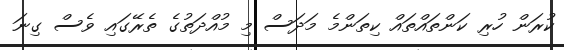
ކުރަން ހުރި ކަންތައްތައް ކިތަންމެ މަދަސް މި މުއްދަތުގެ ތެރޭގައި ވެސް ގިނަ